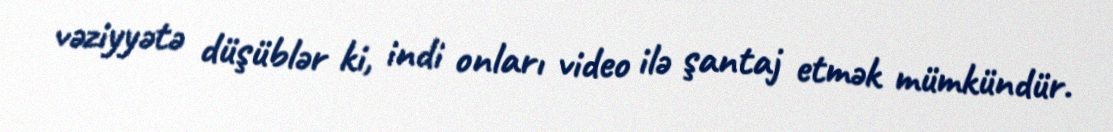
vəziyyətə düşüblər ki, indi onları video ilə şantaj etmək mümkündür.